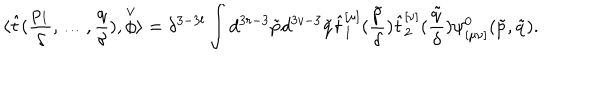
\langle \hat { t } ( \frac { p _ { 1 } } { \delta } , \ldots , \frac { q } { \delta } ) , \stackrel { \vee } { \phi } \rangle = \delta ^ { 3 - 3 l } \int d ^ { 3 r - 3 } \tilde { p } d ^ { 3 v - 3 } \tilde { q } \hat { t } _ { 1 } ^ { [ \mu ] } ( \frac { \tilde { p } } { \delta } ) \hat { t } _ { 2 } ^ { [ \nu ] } ( \frac { \tilde { q } } { \delta } ) \psi _ { [ \mu \nu ] } ^ { 0 } ( \tilde { p } , \tilde { q } ) .